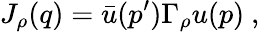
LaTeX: J_{\rho}(q)=\bar{u}(p^{\prime})\Gamma_{\rho}u(p)\ ,